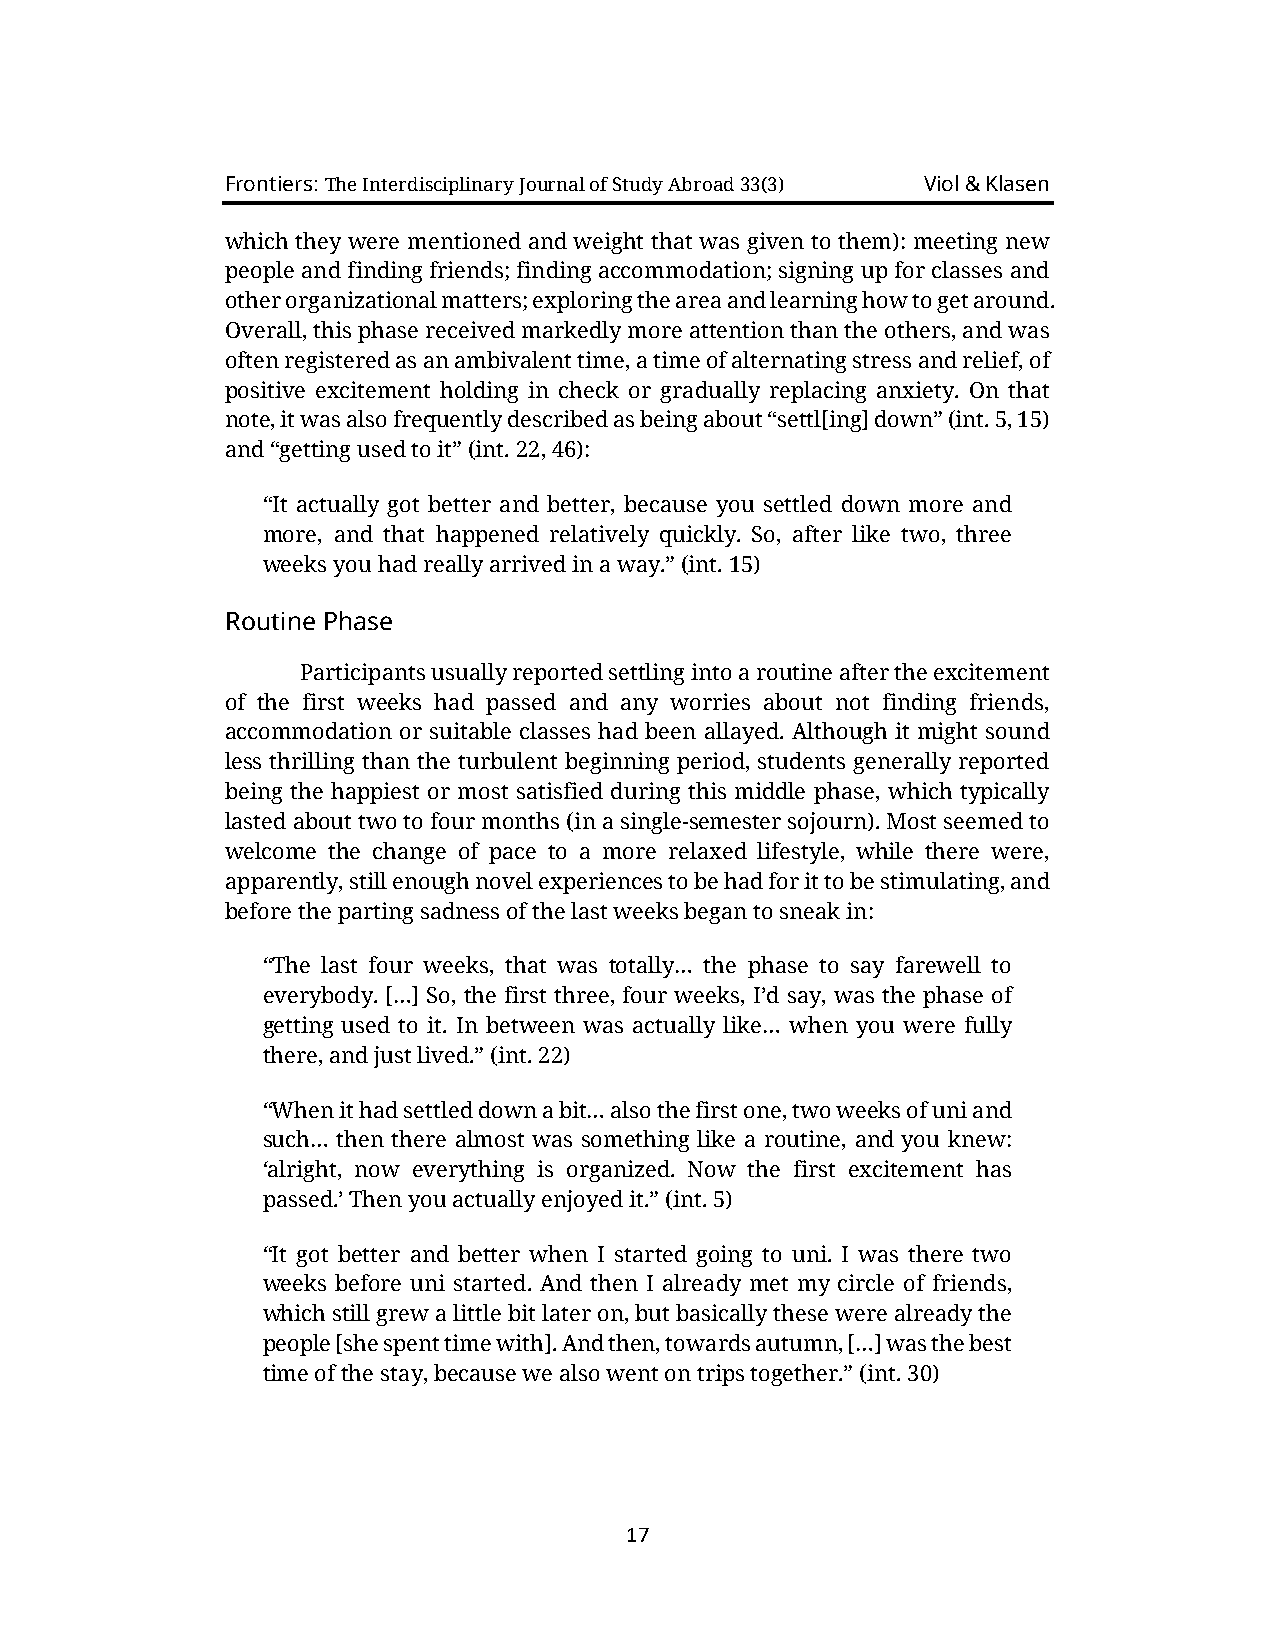
Frontiers: The Interdisciplinary Journal of Study Abroad 33(3) Viol & Klasen
 which they were mentioned and weight that was given to them): meeting new
 people and finding friends; finding accommodation; signing up for classes and
 other organizational matters; exploring the area and learning how to get around.
 Overall, this phase received markedly more attention than the others, and was
 often registered as an ambivalent time, a time of alternating stress and relief, of
 positive excitement holding in check or gradually replacing anxiety. On that
 note, it was also frequently described as being about “settl[ing] down” (int. 5, 15)
 and “getting used to it” (int. 22, 46):
 “It actually got better and better, because you settled down more and
 more, and that happened relatively quickly. So, after like two, three
 weeks you had really arrived in a way.” (int. 15)
 Routine Phase
 Participants usually reported settling into a routine after the excitement
 of the first weeks had passed and any worries about not finding friends,
 accommodation or suitable classes had been allayed. Although it might sound
 less thrilling than the turbulent beginning period, students generally reported
 being the happiest or most satisfied during this middle phase, which typically
 lasted about two to four months (in a single-semester sojourn). Most seemed to
 welcome the change of pace to a more relaxed lifestyle, while there were,
 apparently, still enough novel experiences to be had for it to be stimulating, and
 before the parting sadness of the last weeks began to sneak in:
 “The last four weeks, that was totally… the phase to say farewell to
 everybody. […] So, the first three, four weeks, I’d say, was the phase of
 getting used to it. In between was actually like… when you were fully
 there, and just lived.” (int. 22)
 “When it had settled down a bit… also the first one, two weeks of uni and
 such… then there almost was something like a routine, and you knew:
 ‘alright, now everything is organized. Now the first excitement has
 passed.’ Then you actually enjoyed it.” (int. 5)
 “It got better and better when I started going to uni. I was there two
 weeks before uni started. And then I already met my circle of friends,
 which still grew a little bit later on, but basically these were already the
 people [she spent time with]. And then, towards autumn, […] was the best
 time of the stay, because we also went on trips together.” (int. 30)
 17